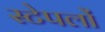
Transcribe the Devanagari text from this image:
स्टेपलों